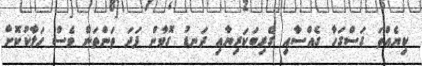
ކިޔެއްތަ ގަސްގަހާ ގެއްސާއި ގެރިބަކަރިޔާއި ދަނޑު ގޮވާން ފަދަ ތަންތަން ވެސް ހަލާކުކޮށް